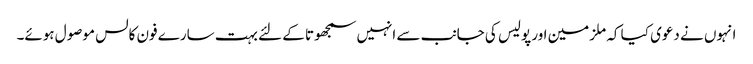
انہوں نے دعوی کیا کہ ملزمین اور پولیس کی جانب سے انہیں سمجھوتا کے لئے بہت سارے فون کالس موصول ہوئے۔